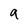
Character: q